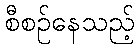
စီစဉ်နေသည့်